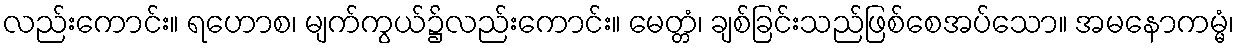
လည်းကောင်း။ ရဟောစ၊ မျက်ကွယ်၌လည်းကောင်း။ မေတ္တံ၊ ချစ်ခြင်းသည်ဖြစ်စေအပ်သော။ အမနောကမ္မံ၊